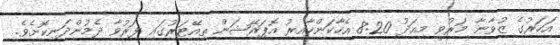
އަހަރުގެ ޒުވާނާ މަރުވީ މިއަދު 8:20 އެހާކަންހާއިރު އޮޕަރޭޝަން ތިއޭޓަރުގައި ފަރުވާ ދެމުންދަނިކޮށެވެ.